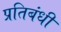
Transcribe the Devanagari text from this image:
प्रतिबंधी